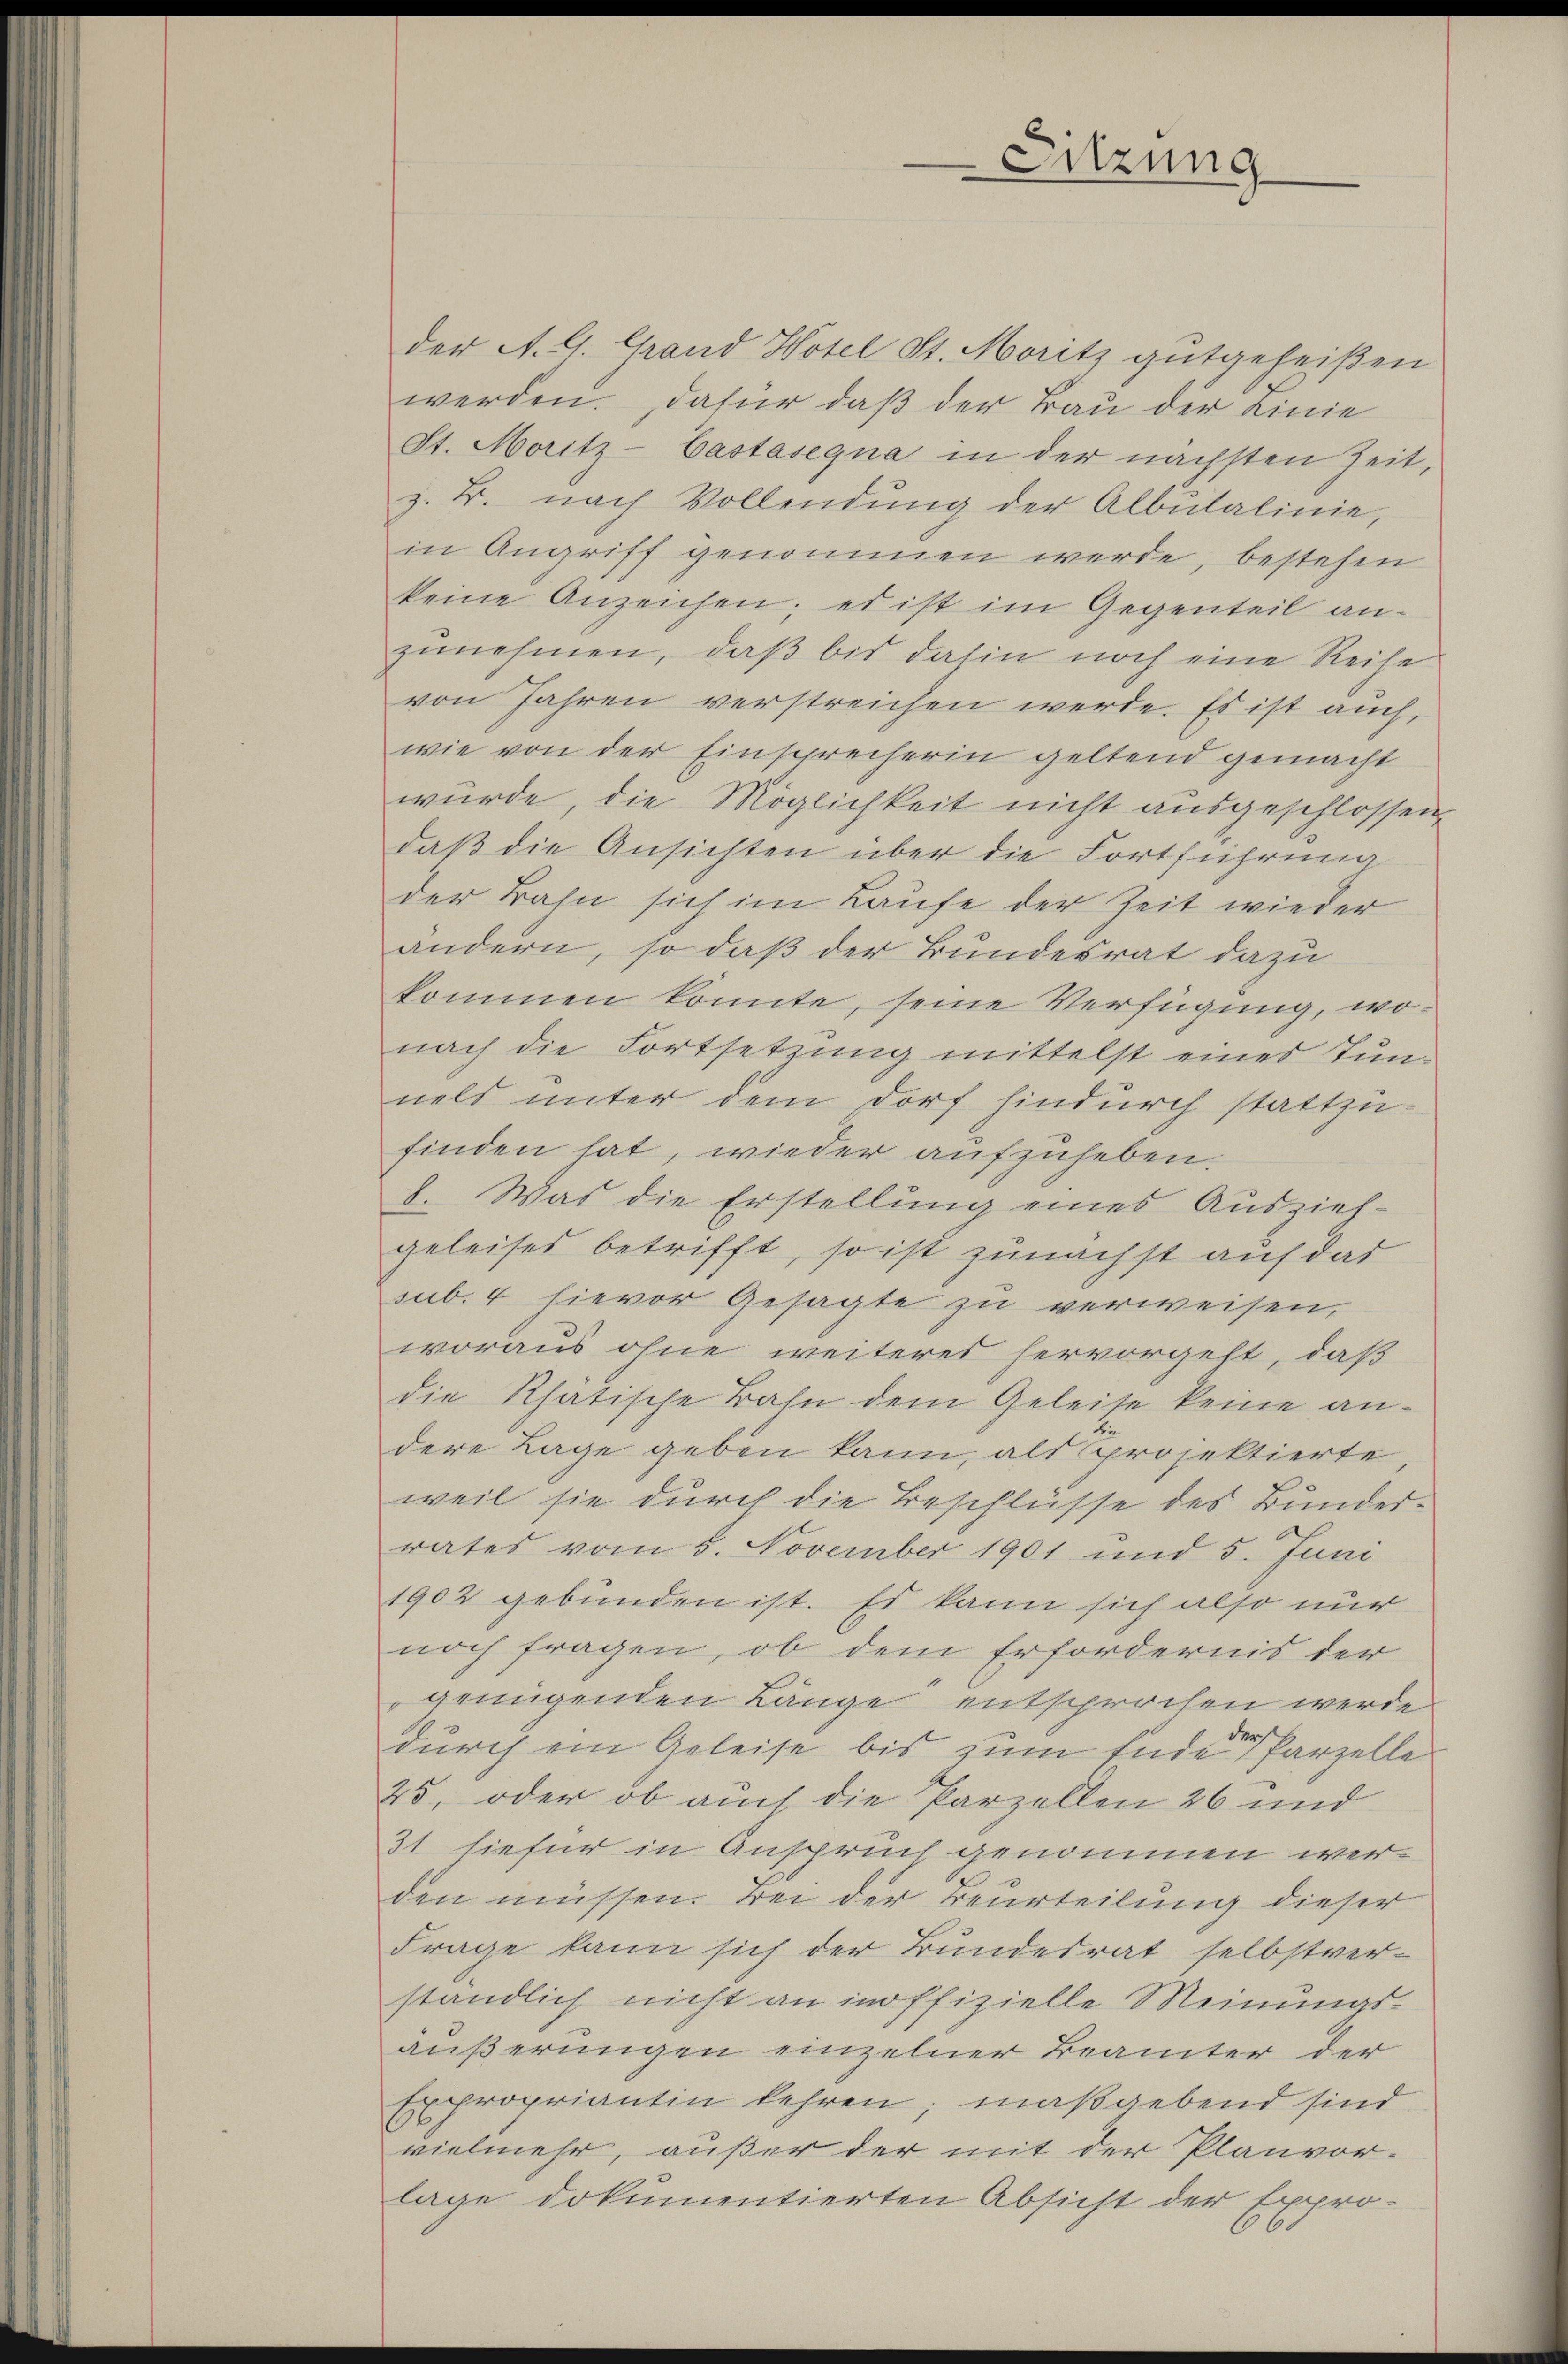
Sitzung

der A. G. Grand Hotel St. Moritz gutgeheißen
werden. Dafür, daß der Bau der Linie
St. Moritz-Castasegna in der nächsten Zeit,
z. B. nach Vollendŭng der Albŭlalinie,
in Angriff genommen werde, bestehen
keine Anzeichen; es ist im Gegenteil an-
zunehmen, daß bis dahin noch eine Reise
von Jahren verstreichen werde. Es ist auch,
wie von der Einsprecherin geltend gemacht
würde, die Möglichkeit nicht ausgeschlossen,
daß die Ansichten über die Fortführung
der Bahn sich im Laufe der Zeit wieder
andern, so daß der Bundesrat dazu
kommen konnte, seine Verfügung, wonach die Fortsetzung mittelst eines Tun-
nels unter dem dorf hindurch stattzu-
finden hat, wieder aufzuheben.
8. Was die Erstellung eines Ausziehgeleises betrifft, so ist zunächst auf das
sub. 4 hievor Gesagte zu verweisen,
woraus ohne weiteres hervorgeht, daß
die Rhätische Bahn dem Geleise keine andere Lage geben kann, als projektierte
weil sie durch die Beschlüsse des Bunderrates vom 5. November 1901 und 5. Juni
1902 gebunden ist. Es kann sich also nur
noch fragen, ob dem Erfordernis der
genügenden Länge entsprochen werde
durch ein Geleise bis zum Ende Parzelle
25, oder ob auch die Parzellen 26 und
31 hiefür in Anspruch genommen werden müssen. Bei der Beurteilung dieser
Frage kann sich der Bundesrat selbstver-
ständlich nicht an inoffizielle Meinungsäußerungen einzelner Beamter der
Expropriantin kehren; maßgebend sind
vielmehr, außer der mit der Planvor-
lage dokumentierten Absicht der Expro-